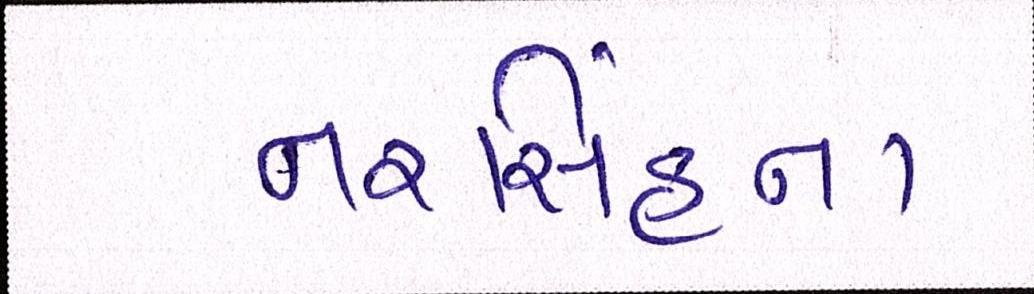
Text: નરસિંહના